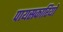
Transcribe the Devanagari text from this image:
पायसकारियों